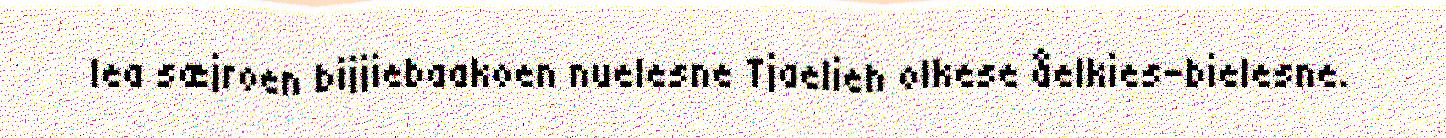
lea sæjroen bijjiebaakoen nuelesne Tjaelieh olkese åelkies-bielesne.